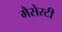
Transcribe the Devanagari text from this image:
मैसेरटी